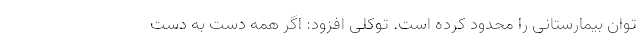
توان بیمارستانی را محدود کرده است. توکلی افزود: اگر همه دست به دست